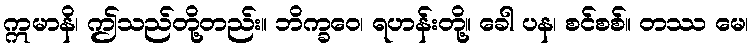
ဣမာနိ၊ ဤသည်တို့တည်း။ ဘိက္ခဝေ၊ ရဟန်းတို့။ ခေါ ပန၊ စင်စစ်။ တဿ မေ၊